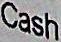
CASH